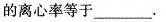
的离心率等于___.